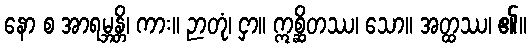
နော စ အာရမ္ဘန္တိ၊ ကား။ ဉာတုံ၊ ငှာ။ ဣစ္ဆိတဿ၊ သော။ အတ္ထဿ၊ ၏။